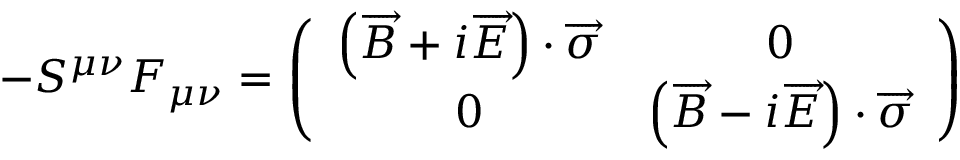
\begin{array} { r } { - S ^ { \mu \nu } F _ { \mu \nu } = \left( \begin{array} { c c } { \left( \overrightarrow { B } + i \overrightarrow { E } \right) \cdot \overrightarrow { \sigma } } & { 0 } \\ { 0 } & { \left( \overrightarrow { B } - i \overrightarrow { E } \right) \cdot \overrightarrow { \sigma } } \end{array} \right) } \end{array}